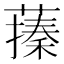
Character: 𦽥